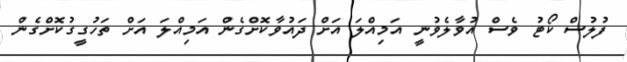
ފުލުސް ކޯޓު ވެސް އުވާލެވުނީ އަމިއްލަ އަށް ދައުވާކޮށްގެން އަމިއްލަ އަށް ތަހުގީގުކޮށްގެން